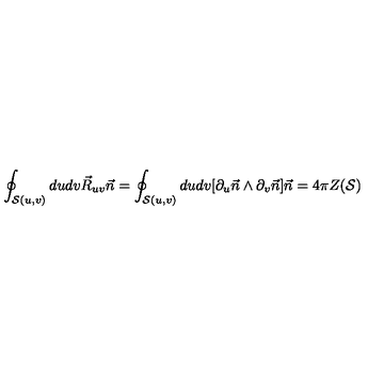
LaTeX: \oint _ { { \cal S } ( u , v ) } d u d v \vec { R } _ { u v } \vec { n } = \oint _ { { \cal S } ( u , v ) } d u d v [ \partial _ { u } \vec { n } \wedge \partial _ { v } \vec { n } ] \vec { n } = 4 \pi Z ( { \cal S } )